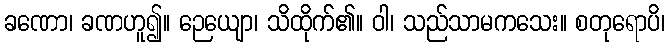
ခဏော၊ ခဏဟူ၍။ ဉေယျော၊ သိထိုက်၏။ ဝါ၊ သည်သာမကသေး။ စတုရောပိ၊